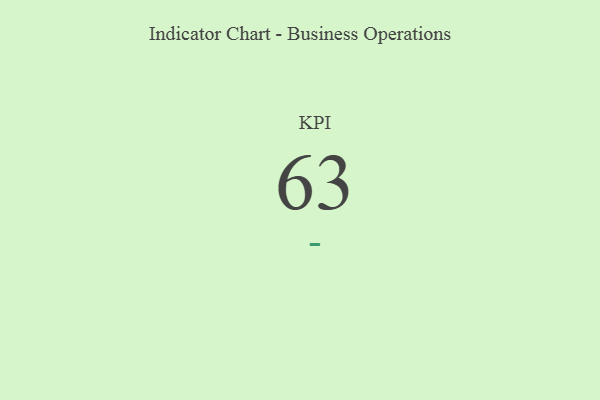
{"axis": {"x": "KPI", "y": "Value"}, "legend": [""], "data": [{"x": "KPI", "y": 63, "type": ""}]}